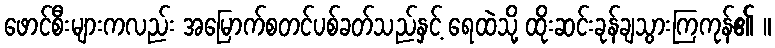
ဖောင်စီးများကလည်း အမြောက်စတင်ပစ်ခတ်သည်နှင့် ရေထဲသို့ ထိုးဆင်းခုန်ချသွားကြကုန်၏ ။